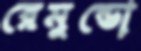
রেমুন্ডো